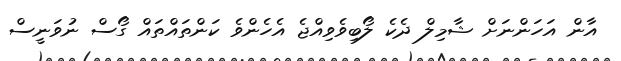
އާން އަހަންނަށް ޝާމިލް ދެކެ ލޯބިވެވިއްޖެ އެހެންވެ ކަންތައްތައް ގޯސް ނުވަނީސް